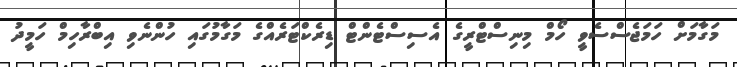
މަގާމަށް ހަމަޖެސްސެވީ ހޯމް މިނިސްޓްރީގެ އެސިސްޓެންޓް ޑިރެކްޓަރެއްގެ މަގާމުގައި ހުންނެވި އިބްރާހިމް ހަމީދު